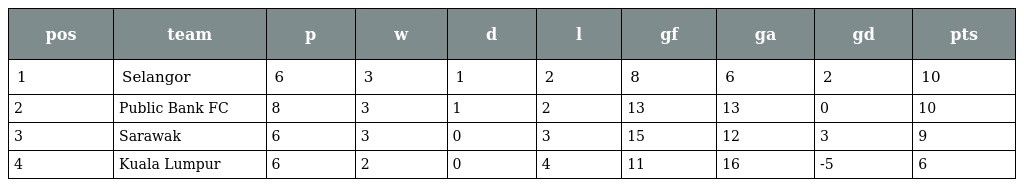
| pos | team | p | w | d | l | gf | ga | gd | pts |
 | --- | --- | --- | --- | --- | --- | --- | --- | --- | --- |
 | 1 | Selangor | 6 | 3 | 1 | 2 | 8 | 6 | 2 | 10 |
 | 2 | Public Bank FC | 8 | 3 | 1 | 2 | 13 | 13 | 0 | 10 |
 | 3 | Sarawak | 6 | 3 | 0 | 3 | 15 | 12 | 3 | 9 |
 | 4 | Kuala Lumpur | 6 | 2 | 0 | 4 | 11 | 16 | -5 | 6 |